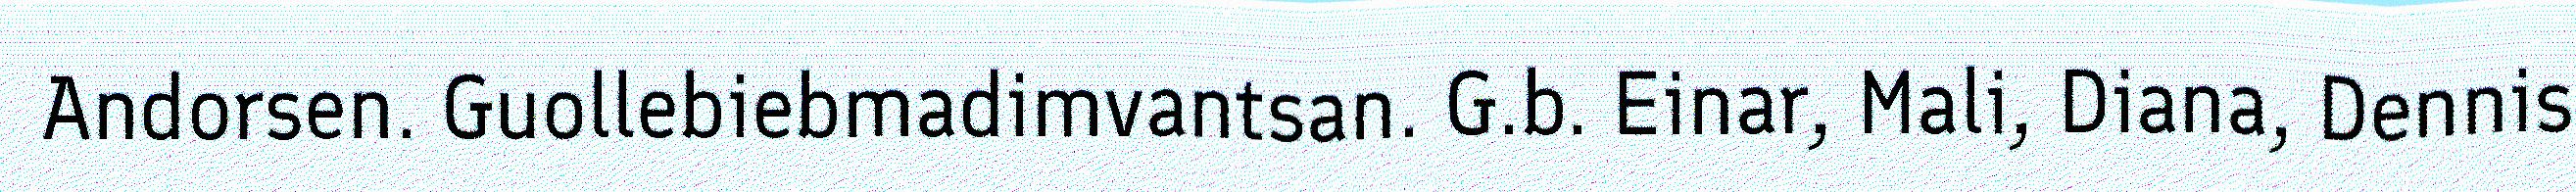
Andorsen. Guollebiebmadimvantsan. G.b. Einar, Mali, Diana, Dennis